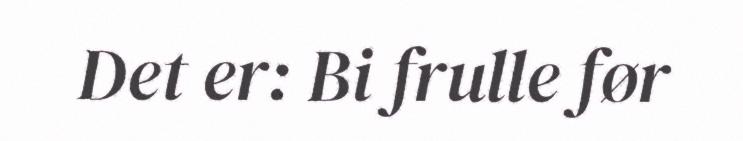
Det er: Bi frulle før